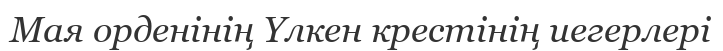
Мая орденінің Үлкен крестінің иегерлері